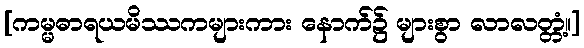
[ကမ္မဓာရယမိဿကများကား နောက်၌ များစွာ လာလတ္တံ့။]